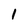
Character: 1